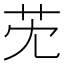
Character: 䒞